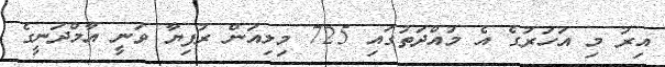
އިރު މި އަހަރުގެ އެ މުއްދަތުގައި 725 މިލިއަން ރުފިޔާ ވަނީ އާމްދަނީގެ